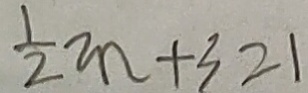
\frac { 1 } { 2 } m + 3 = 1